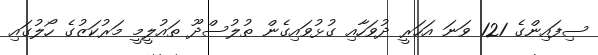
ސިފައިންގެ 121 ވަނަ އަހަރީ ދުވަހާއި ގުޅުވައިގެން ތުލުސްދޫ ތައުލީމީ މަރުކަޒުގެ ހޯލުގައި